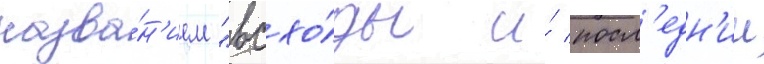
назва́н'ием "всхо́ды и́ посл'едн'ии